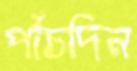
পাঁচদিন